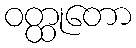
ဝတ္ထုတော